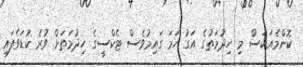
ކޮންމެއަކަސް މި ހިދުމަތުގެ އަގު ހަމަ ގައިމުވެސް ޓެކްސީގެ ހިދުމަތަށް ވުރެ ކުޑަވެފައި